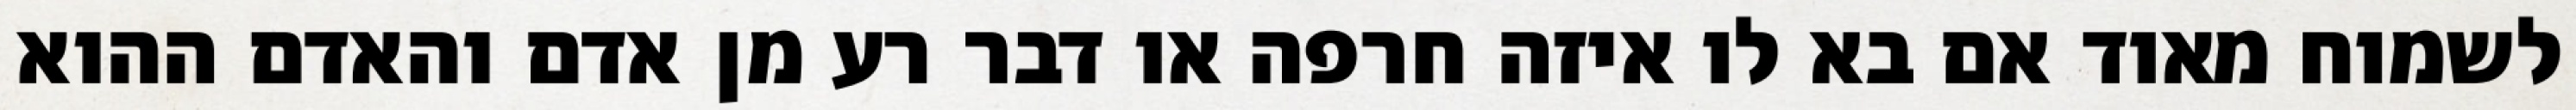
לשמוח מאוד אם בא לו איזה חרפה או דבר רע מן אדם והאדם ההוא